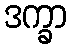
ဒက္ခာ